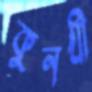
কুনখী